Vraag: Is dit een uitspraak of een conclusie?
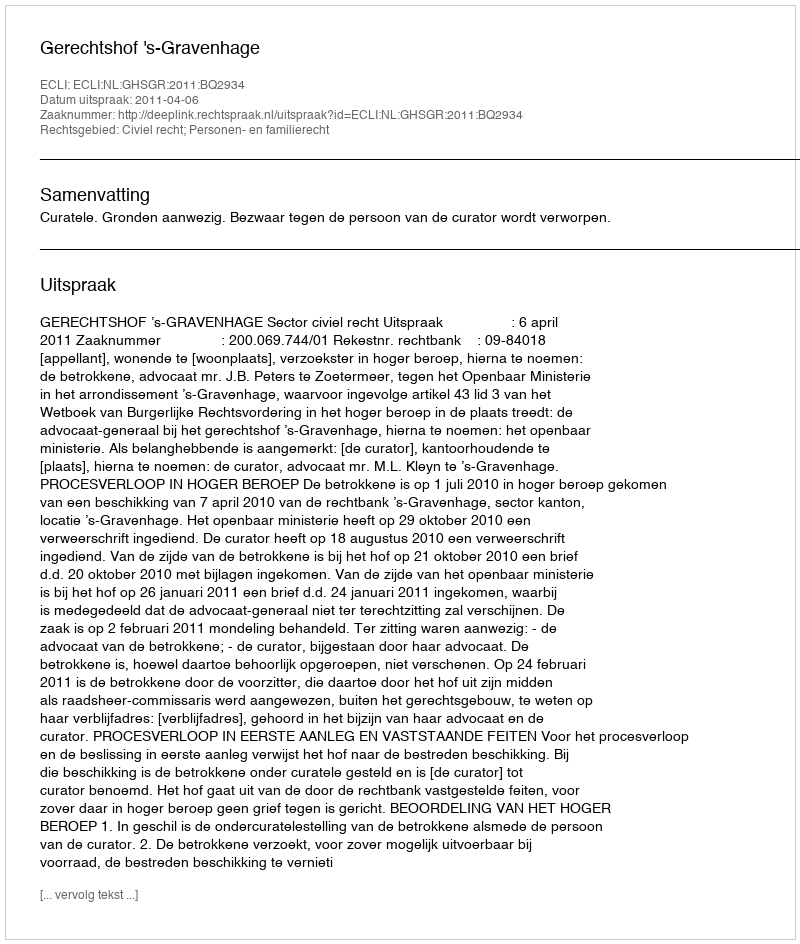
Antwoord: Uitspraak